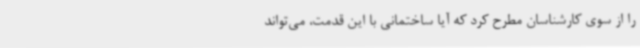
را از سوی کارشناسان مطرح کرد که آیا ساختمانی با این قدمت، می‌تواند